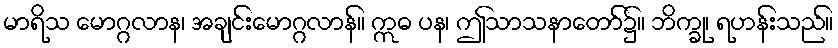
မာရိသ မောဂ္ဂလာန၊ အချင်းမောဂ္ဂလာန်။ ဣဓ ပန၊ ဤသာသနာတော်၌။ ဘိက္ခု၊ ရဟန်းသည်။